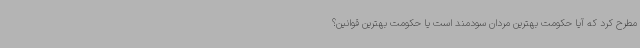
مطرح کرد که آیا حکومت بهترین مردان سودمند است یا حکومت بهترین قوانین؟